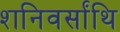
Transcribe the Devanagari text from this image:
शनिवर्सांथि